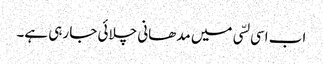
اب اسی لسّی میں مدھانی چلائی جا رہی ہے۔